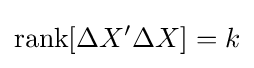
{\text{rank}}[\Delta X'\Delta X]=k